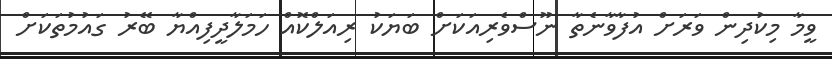
ވީމާ މިކުދިން ވަރަށް އުފާވާނެތާ ނޫސްވެރިއަކަށް ބަޔަކު ރިއަލްކޮއް ހަމަލާދީފިއްޔާ ބޭރު ގައުމުތަކަށް